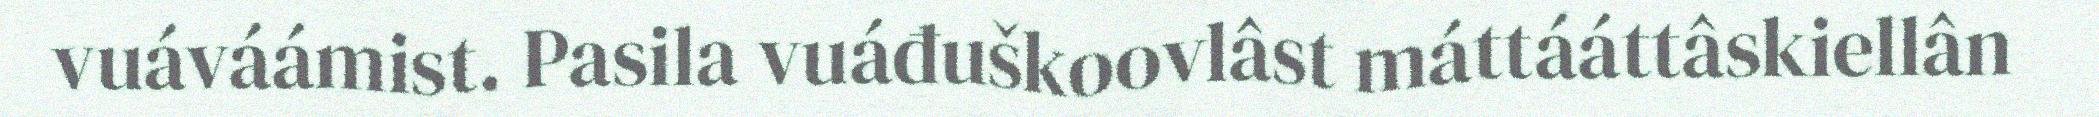
vuáváámist. Pasila vuáđuškoovlâst máttááttâskiellân